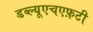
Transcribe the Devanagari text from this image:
डब्ल्यूएचएफ़टी